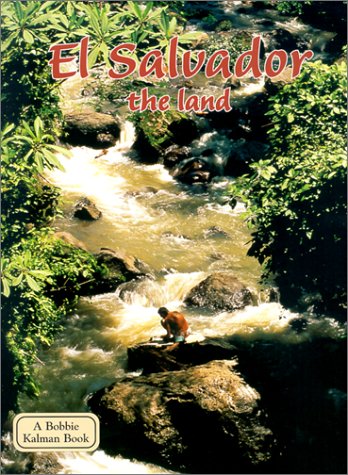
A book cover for El Salvador: The Land (Lands, Peoples, and Cultures); Greg Nickles; Children's Books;